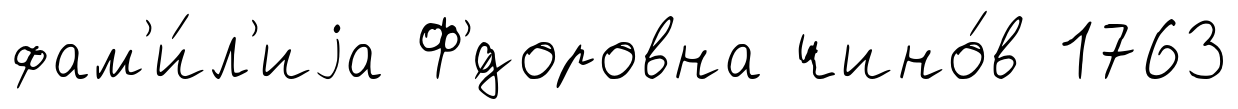
фам'и́л'иjа Ф'́доровна чино́в 1763